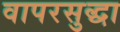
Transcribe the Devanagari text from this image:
वापरसुद्धा